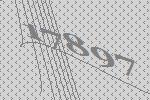
17897